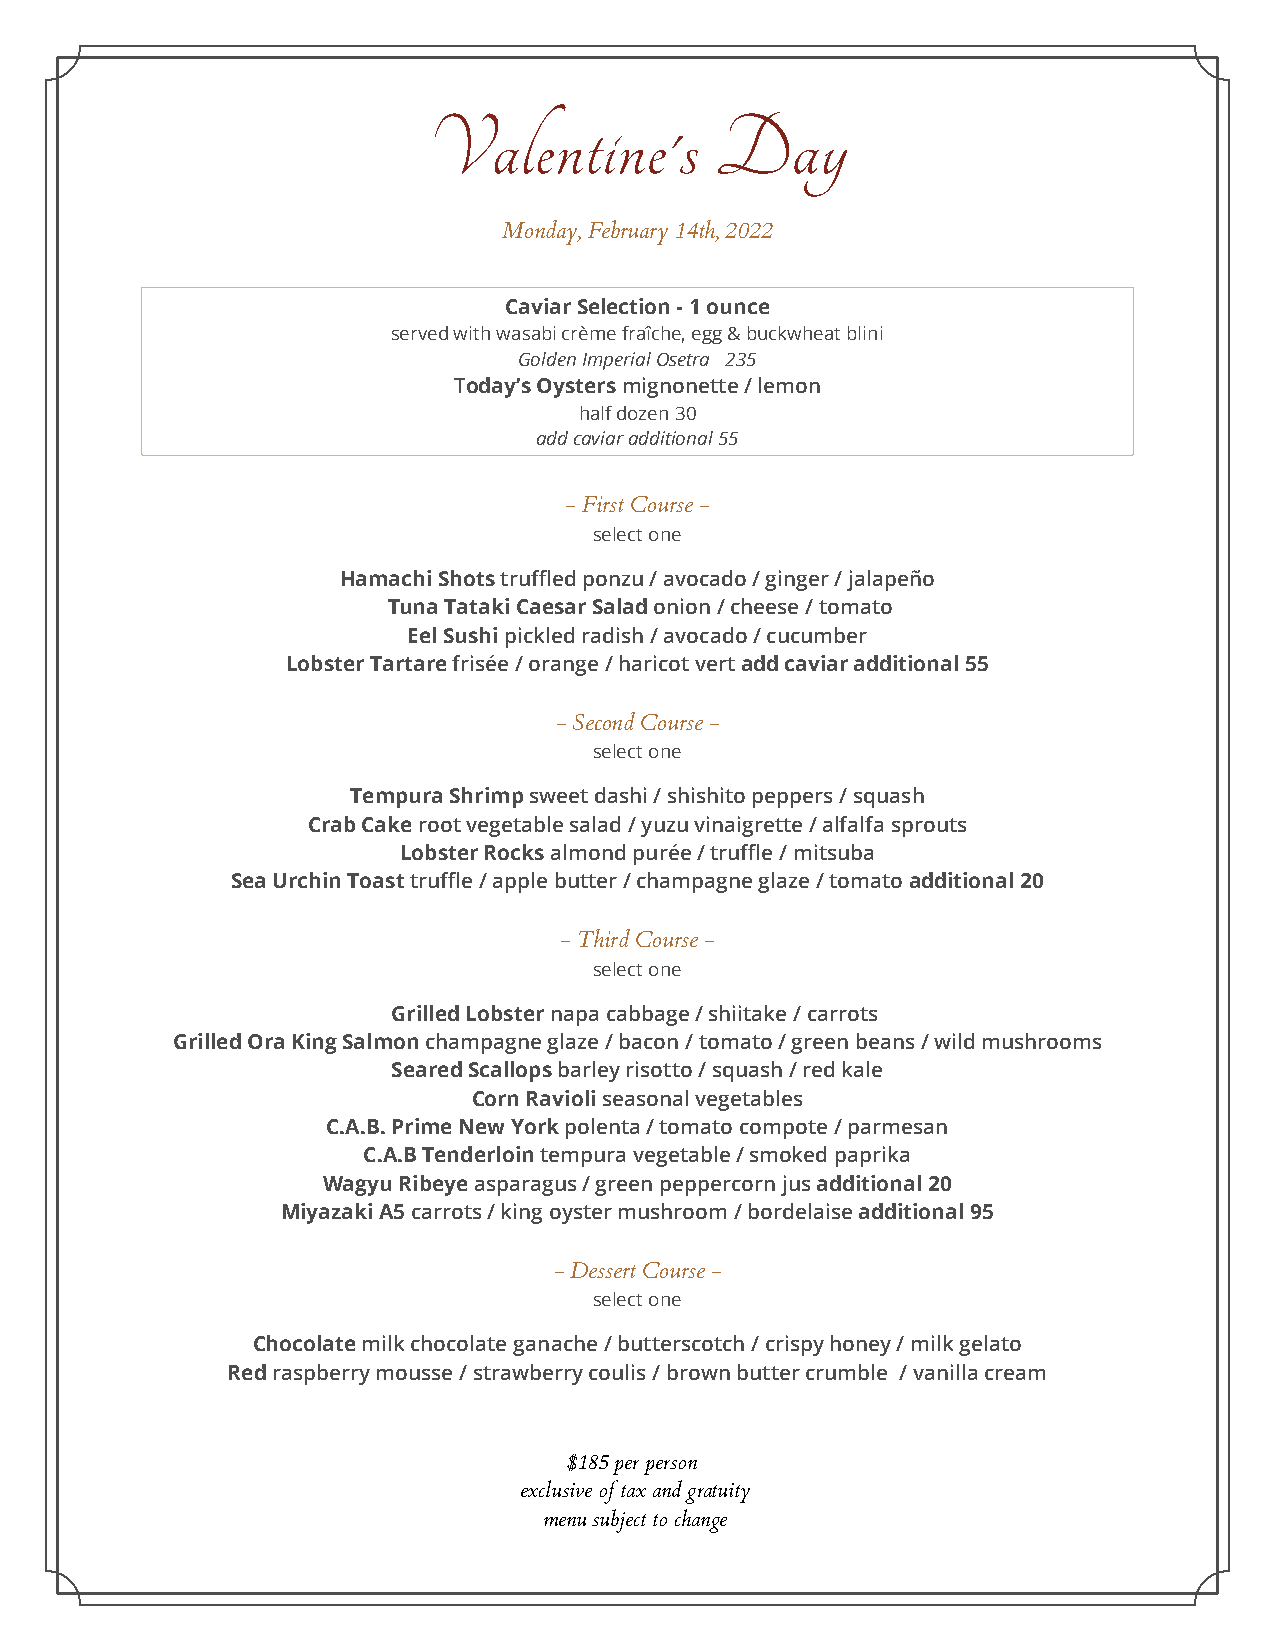
Valentine's        Day
 Monday, February 14th, 2022
 Caviar Selection - 1 ounce
 served with wasabi crème fraîche, egg & buckwheat blini
 Golden Imperial Osetra 235
 Today’s Oysters mignonette / lemon
 half dozen 30
 add caviar additional 55
 - First Course -
 select one
 Hamachi Shots truffled ponzu / avocado / ginger / jalapeño
 Tuna Tataki Caesar Salad onion / cheese / tomato
 Eel Sushi pickled radish / avocado / cucumber
 Lobster Tartare frisée / orange / haricot vert add caviar additional 55
 - Second Course -
 select one
 Tempura Shrimp sweet dashi / shishito peppers / squash
 Crab Cake root vegetable salad / yuzu vinaigrette / alfalfa sprouts
 Lobster Rocks almond purée / truffle / mitsuba
 Sea Urchin Toast truffle / apple butter / champagne glaze / tomato additional 20
 - Third Course -
 select one
 Grilled Lobster napa cabbage / shiitake / carrots
 Grilled Ora King Salmon champagne glaze / bacon / tomato / green beans / wild mushrooms
 Seared Scallops barley risotto / squash / red kale
 Corn Ravioli seasonal vegetables
 C.A.B. Prime New York polenta / tomato compote / parmesan
 C.A.B Tenderloin tempura vegetable / smoked paprika
 Wagyu Ribeye asparagus / green peppercorn jus additional 20
 Miyazaki A5 carrots / king oyster mushroom / bordelaise additional 95
 - Dessert Course -
 select one
 Chocolate milk chocolate ganache / butterscotch / crispy honey / milk gelato
 Red raspberry mousse / strawberry coulis / brown butter crumble / vanilla cream
 $185 per person
 exclusive of tax and gratuity
 menu subject to change